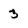
Character: 3